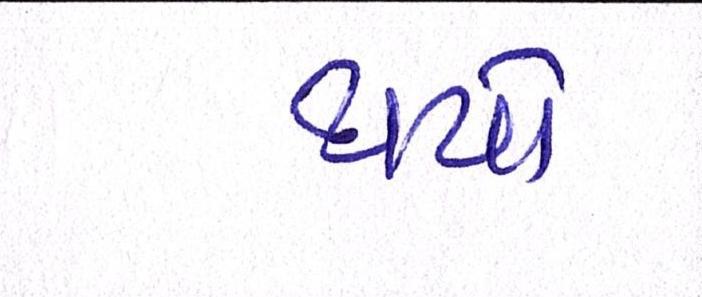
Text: થયો